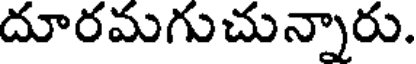
దూరమగుచున్నారు.